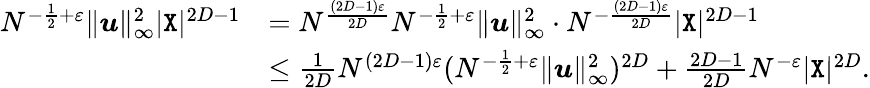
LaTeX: \begin{array}{rl}{N^{-\frac{1}{2}+\varepsilon}\| {\boldsymbol u}\| _{\infty}^{2}|{\texttt X}|^{2D-1}}&{=N^{\frac{(2D-1)\varepsilon}{2D}}N^{-\frac{1}{2}+\varepsilon}\| {\boldsymbol u}\| _{\infty}^{2}\cdot N^{-\frac{(2D-1)\varepsilon}{2D}}|{\texttt X}|^{2D-1}}\\ &{\leq\frac{1}{2D}N^{(2D-1)\varepsilon}(N^{-\frac{1}{2}+\varepsilon}\| {\boldsymbol u}\| _{\infty}^{2})^{2D}+\frac{2D-1}{2D}N^{-\varepsilon}|{\texttt X}|^{2D}.}\end{array}